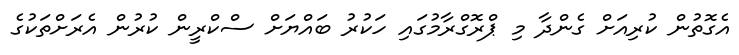
އެގޮތުން ކުރިއަށް ގެންދާ މި ޕްރޮގްރާމުގައި ހަކުރު ބައްޔަށް ސްކްރީން ކުރުން އެރަށްތަކުގެ